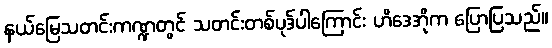
နယ်မြေသတင်းကဏ္ဍတွင် သတင်းတစ်ပုဒ်ပါကြောင်း ဟိဒေအိုက ပြောပြသည်။